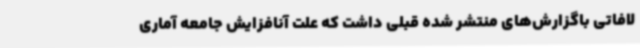
لافاتی باگزارش‌های منتشر شده قبلی داشت که علت آنافزایش جامعه آماری